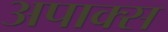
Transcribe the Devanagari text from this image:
अपाक्स